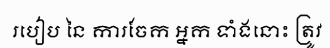
របៀប នៃ ការចែក អ្នក ទាំងនោះ ត្រូវ